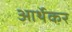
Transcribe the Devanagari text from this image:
आर्थेकर